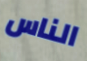
الناس